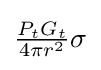
{\textstyle {{P_{t}G_{t}} \over {4\pi r^{2}}}\sigma }